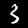
Digit: 3